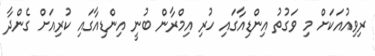
ރިވިއުއަކަށް މި ވަގުތު އިންޑިއާގައި ހުރި އިމްރާން ބުނީ އިންޑިއާގައި ކުރިއަށް ގެންދާ